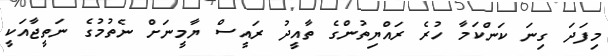
މިފަދަ ގިނަ ކަންކަމާ ހުރެ ރައްޔިތުންގެ ތާއީދު ރައީސް ޔާމީނަށް ނެތުމުގެ ނަތީޖާއަކީ